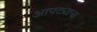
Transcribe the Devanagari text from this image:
आपट्याचा